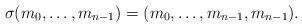
LaTeX: \begin{align*}\sigma(m_0, \dots, m_{n-1})=(m_0, \dots, m_{n-1}, m_{n-1}).\end{align*}